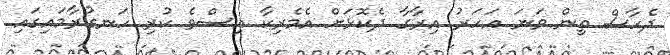
ދެހާސް ތިން ވަނަ އަހަރު އިރާގާ ދެކޮޅަށް އެމެރިކާ އިސްވެ ކުރި ހަނގުރާމައިގައި